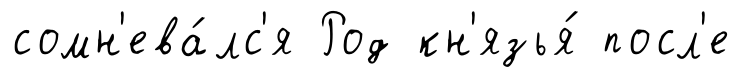
сомн'ева́лс'я Род кн'язья́ посл'е